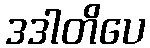
ဒဒါတိပေ